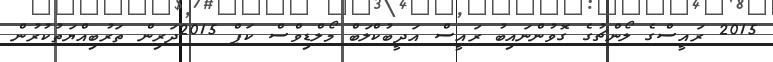
2015 ރައީސްގެ ލޯންޗުގެ ގޮވުންނައިބު ރައީސް އަދީބުކްލަބް މޯލްޑިވްސް ކަޕް 2015ދަރިން ތަރުބިއްޔަތުކުރުން